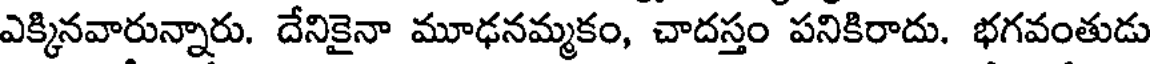
ఎక్కినవారున్నారు. దేనికైనా మూఢనమ్మకం, చాదస్తం పనికిరాదు. భగవంతుడు